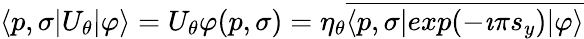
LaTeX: \langle p,\sigma|U_{\theta}|\varphi\rangle=U_{\theta}\varphi(p,\sigma)=\eta_{\theta}\overline{{{\langle p,\sigma|exp(-\imath\pi s_{y})|\varphi\rangle}}}